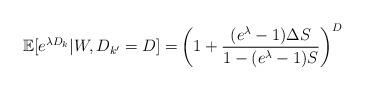
LaTeX: \begin{align*}\mathbb{E}[e^{\lambda D_k} | W, D_{k'}=D]=& \left( 1+ \frac{ (e^\lambda-1)\Delta S}{1- (e^\lambda -1)S} \right)^{D}\end{align*}